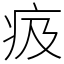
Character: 㽺